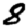
Digit: 8